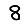
Digit: 8